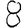
Digit: 8